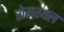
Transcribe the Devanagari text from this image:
रोगस्थल